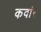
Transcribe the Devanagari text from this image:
कवांर